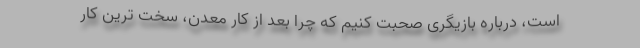
است، درباره بازیگری صحبت کنیم که چرا بعد از کار معدن، سخت ترین کار